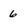
Character: 6